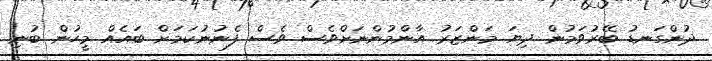
ދުންގަނޑު ބޭރުވަމުން ދިޔަ މަންޒަރު އާންމުންނަށްވެސް ވެސް ފެނުނުކަމަށް ބައެއް މީހުން ބުނި